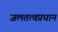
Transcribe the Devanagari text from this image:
जलतत्वप्रधान